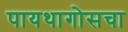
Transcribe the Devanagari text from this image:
पायथागोसचा